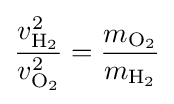
{\frac {v_{\rm {H_{2}}}^{2}}{v_{\rm {O_{2}}}^{2}}}={\frac {m_{\rm {O_{2}}}}{m_{\rm {H_{2}}}}}